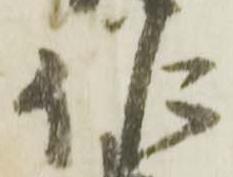
作